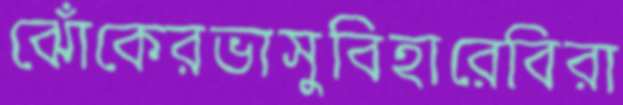
ঝোঁকেরভাসুবিহারেবিরা